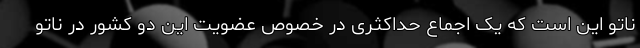
ناتو این است که یک اجماع حداکثری در خصوص عضویت این دو کشور در ناتو